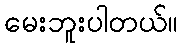
မေးဘူးပါတယ်။